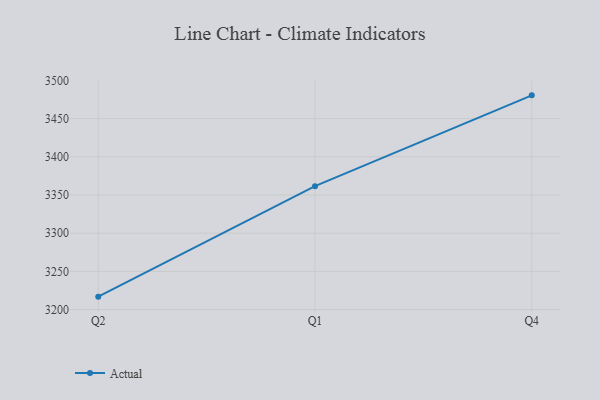
{"axis": {"x": "Quarter", "y": "Customer Acquisition Cost (USD)"}, "legend": ["Actual"], "data": [{"x": "Q2", "y": 3216.9, "type": "Actual"}, {"x": "Q1", "y": 3361.5, "type": "Actual"}, {"x": "Q4", "y": 3480.4, "type": "Actual"}]}